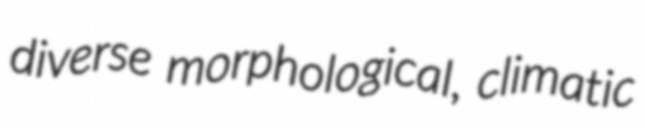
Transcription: diverse morphological, climatic